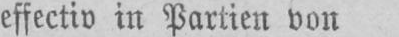
effectiv in Partien von